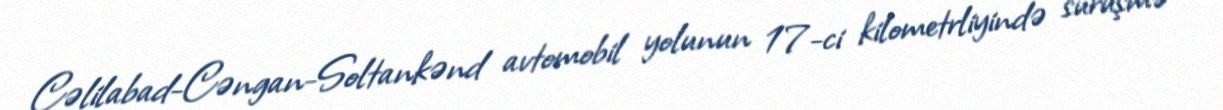
Cəlilabad-Cəngan-Soltankənd avtomobil yolunun 17-ci kilometrliyində sürüşmə